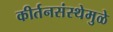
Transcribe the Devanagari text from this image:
कीर्तनसंस्थेमुळे